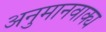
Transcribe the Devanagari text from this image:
अनुमानवाक्य